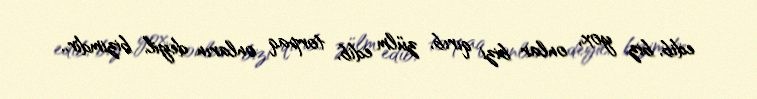
edib, biz yox, onlar bizi qırıb, zülm edib, torpaq onların deyil, bizimdir..